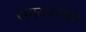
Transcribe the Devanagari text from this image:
समयपरीक्षा